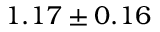
1 . 1 7 \pm 0 . 1 6